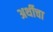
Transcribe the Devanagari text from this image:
अर्थीचा